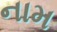
નામ